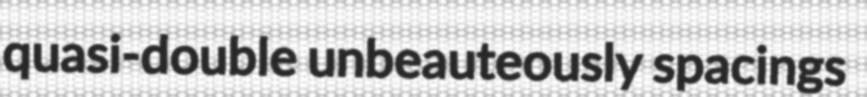
quasi-double unbeauteously spacings